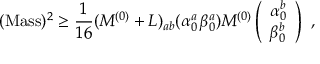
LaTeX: ( \mathrm { M a s s } ) ^ { 2 } \geq { \frac { 1 } { 1 6 } } ( M ^ { ( 0 ) } + L ) _ { a b } ( \alpha _ { 0 } ^ { a } \, \beta _ { 0 } ^ { a } ) { \cal M } ^ { ( 0 ) } \left( \begin{array} { l } { { \alpha _ { 0 } ^ { b } } } \\ { { \beta _ { 0 } ^ { b } } } \end{array} \right) ~ ,